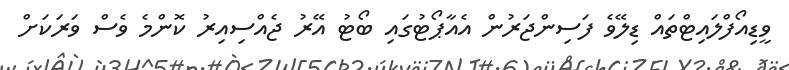
ވީޑިއޯފްލައިޓްތައް ޑިލޭވެ ފަސިންޖަރުން އެއާޕޯޓުގައި ބޯޓު އޭރު ޖެއްސިއިރު ކޮންމެ ވެސް ވަރަކަށް